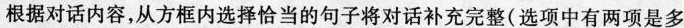
根据对话内容,从方框内选择恰当的句子将对话补充完整(选项中有两项是多